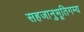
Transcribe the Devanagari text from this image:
सहजानुभूतिगम्य